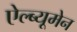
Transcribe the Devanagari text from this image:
ऐल्ब्यूमेन